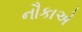
નૌકાએ